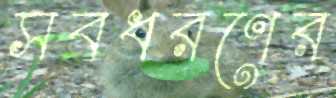
সবধরণের